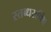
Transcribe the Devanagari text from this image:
स्तब्धसक्थि